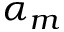
\alpha _ { m }